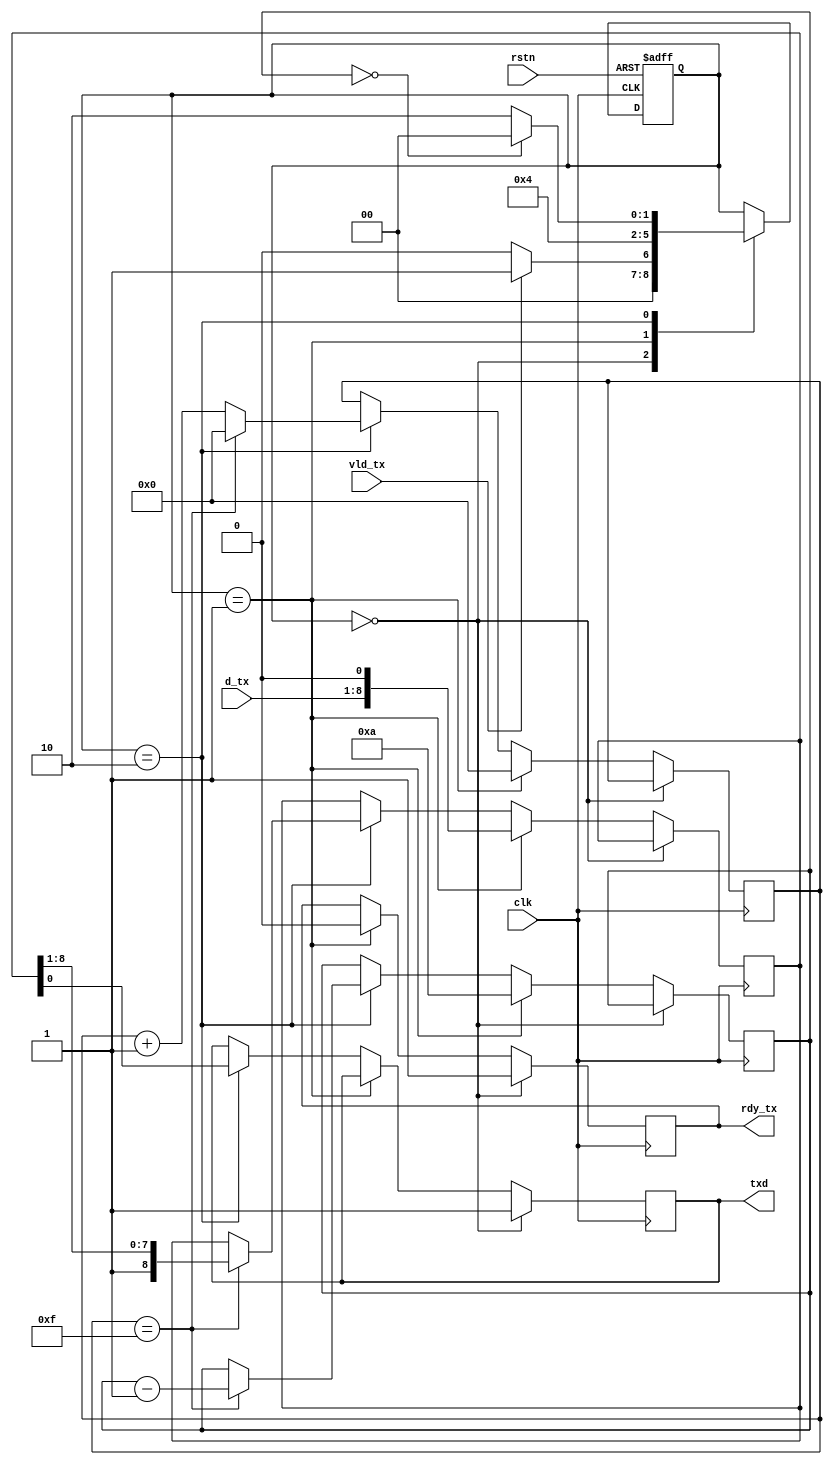
`timescale 1ns / 1ps

module TX(
    input clk,//16*9600Hz
    input rstn,
    output reg txd,//urat signal
    input vld_tx,//1 indicates that data has been received and is waiting for other modules to take it away
    output reg rdy_tx,//1 means ready to accept new data, 0 otherwise.
    input [7:0] d_tx
    );
    parameter IDLE = 3'b000; // free state 
    parameter START = 3'b001; // receive to start 
    parameter SEND = 3'b010; // send data
    reg [2:0] curr_state;
    reg [2:0] next_state;
    reg [8:0] SOR;
    reg [4:0] cntb;
    reg [5:0] cntc;
    always@(*)
    begin
        case(curr_state)
            IDLE: begin
                if(vld_tx == 1)
                    next_state = START;
                else
                    next_state = IDLE;
            end
            START: next_state = SEND;
            SEND: begin
                if(cntb == 0)
                    next_state = IDLE;
                else
                    next_state = SEND;
            end
            default: next_state = curr_state;
        endcase
    end
    always@(posedge clk or negedge rstn)
    begin
        if(rstn == 0)
            curr_state <= IDLE;
        else
            curr_state <= next_state;
    end
    always@(posedge clk)
    begin
        if(curr_state == IDLE)
        begin
            txd <= 1;
            rdy_tx <= 1;
        end
        else if(curr_state == START)
        begin
            rdy_tx <= 0;
            SOR <= {d_tx,1'b0};
            cntb <= 10;
            cntc <= 0;
        end
        else if(curr_state == SEND)
        begin
            txd <= SOR[0];
            if(cntc == 15)
            begin
                SOR <= {1'b1,SOR[8:1]};
                cntc <= 0;
                cntb <= cntb - 1;
            end
            else
                cntc <= cntc + 1;
        end
        else
            ;
    end
endmodule